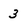
Character: 3